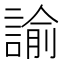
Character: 諭